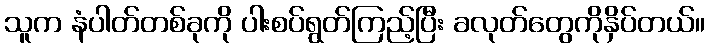
သူက နံပါတ်တစ်ခုကို ပါးစပ်ရွတ်ကြည့်ပြီး ခလုတ်တွေကိုနှိပ်တယ်။